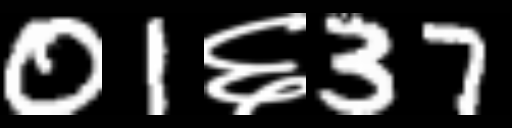
Text: 01६37